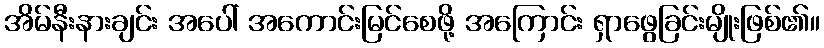
အိမ်နီးနားချင်း အပေါ် အကောင်းမြင်စေဖို့ အကြောင်း ရှာဖွေခြင်းမျိုးဖြစ်၏။